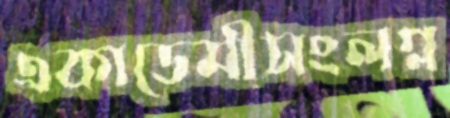
একাডেমীসংলগ্ন